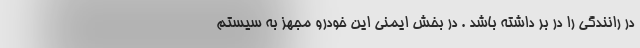
در رانندگی را در بر داشته باشد . در بخش ایمنی این خودرو مجهز به سیستم